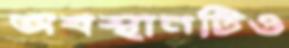
অবস্থানটিও